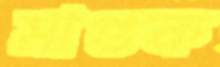
মাগুক